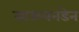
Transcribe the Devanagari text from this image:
ग्राऊबनडेन